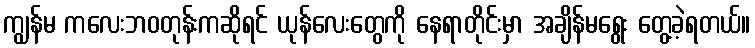
ကျွန်မ ကလေးဘဝတုန်းကဆိုရင် ယုန်လေးတွေကို နေရာတိုင်းမှာ အချိန်မရွေး တွေ့ခဲ့ရတယ်။